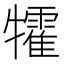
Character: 𤜅